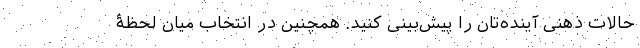
حالات ذهنی آینده‌تان را پیش‌بینی کنید. همچنین در انتخاب میان لحظۀ